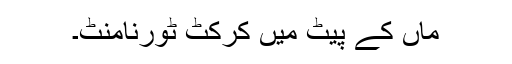
ماں کے پیٹ میں کرکٹ ٹورنامنٹ۔